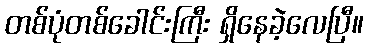
တစ်ပုံတစ်ခေါင်းကြီး ရှိနေခဲ့လေပြီ။